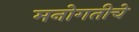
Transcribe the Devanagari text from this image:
मनोगतीचे